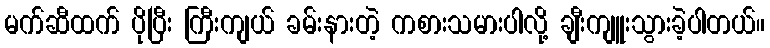
မက်ဆီထက် ပိုပြီး ကြီးကျယ် ခမ်းနားတဲ့ ကစားသမားပါလို့ ချီးကျူးသွားခဲ့ပါတယ်။